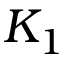
K _ { 1 }